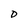
Character: D